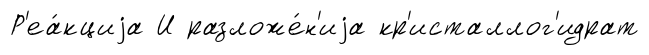
Р'еа́кциjа И разложе́н'иjа кр'исталлог'идрат